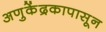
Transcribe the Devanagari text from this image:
अणुकेंद्रकापासून